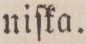
niſka.